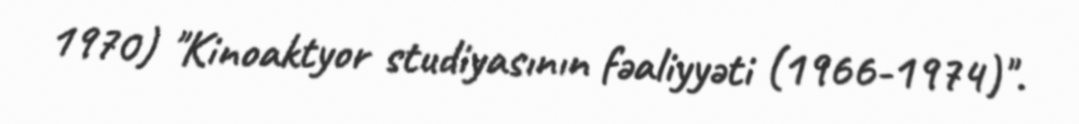
1970) "Kinoaktyor studiyasının fəaliyyəti (1966-1974)".